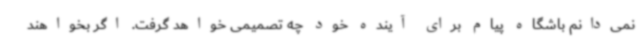
نمی‌دانم باشگاه پیام برای آینده خود چه تصمیمی خواهد گرفت. اگر بخواهند